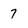
Character: 7